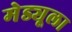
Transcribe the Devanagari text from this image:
मेड्यूला